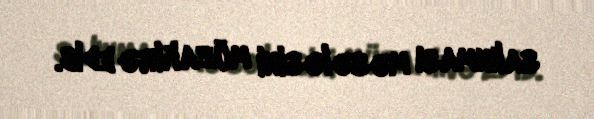
salınması məsələsini müzakirə edib.